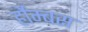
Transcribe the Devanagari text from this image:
र्होम्बस